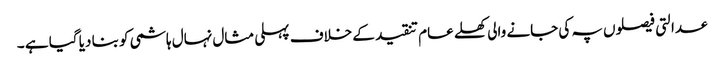
عدالتی فیصلوں پہ کی جانے والی کھلے عام تنقید کے خلاف پہلی مثال نہال ہاشمی کو بنا دیا گیا ہے ۔